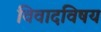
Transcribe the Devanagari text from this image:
विवादविषय